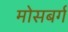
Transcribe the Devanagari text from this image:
मोसबर्ग